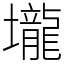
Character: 壠